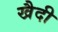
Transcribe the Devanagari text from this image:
खैदी